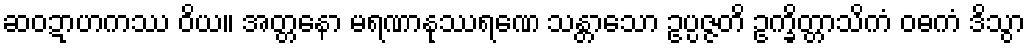
ဆဝဍာဟကဿ ဝိယ။ အတ္တနော မရဏာနုဿရဏေ သန္တာသော ဥပ္ပဇ္ဇတိ ဥက္ခိတ္တာသိကံ ဝဓကံ ဒိသွာ